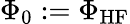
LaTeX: \Phi_{0}:=\Phi_{\mathrm{HF}}